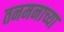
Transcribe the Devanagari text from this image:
तनमनाच्या